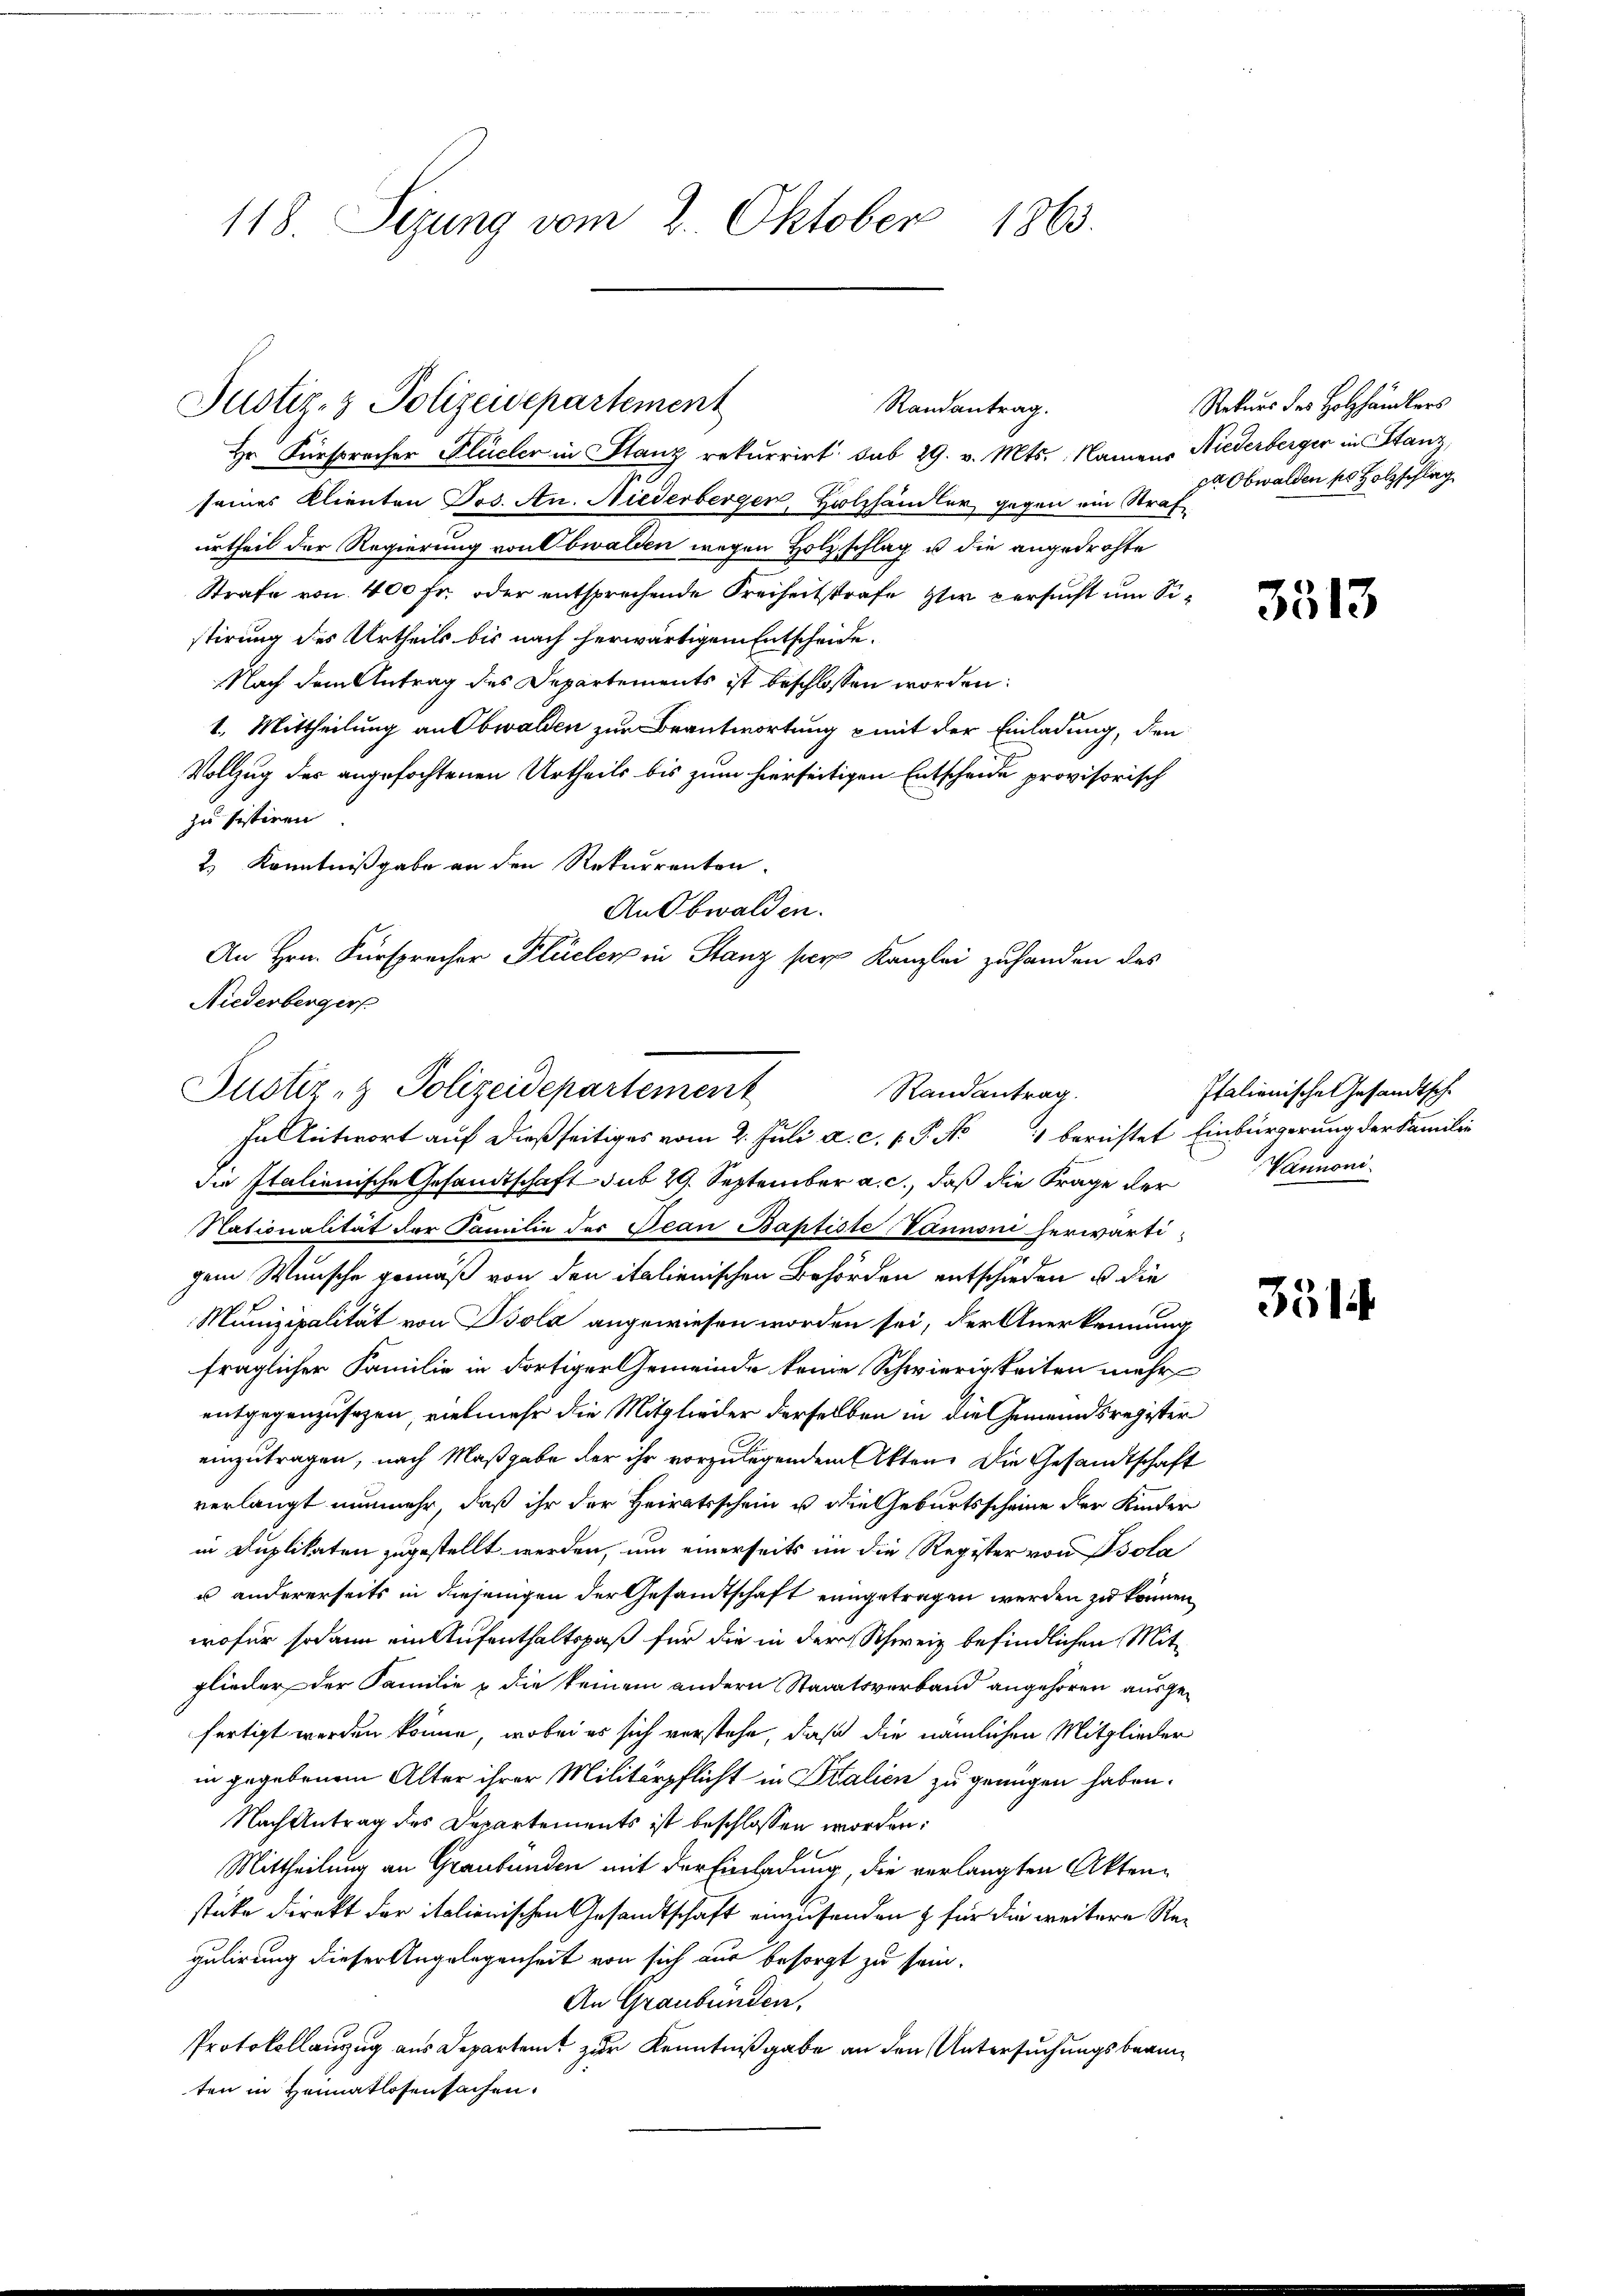
118. Sezung vom 2. Oktober 1863.

Justiz- & Polizeidepartement
Randantrag.

Hr. Fürsprecher Flücher in Stanz rekurrirt sub 29. v. Mts., Namens Niederberger in Stanz,
seines Klienten Jos. An. Niederberger, Holzhändler, gegen ein Straf
urtheil der Regierung von Obwalden wegen Holzschlag u die angedrohte
Strafe von 400 fr. oder entsprechende Freiheitsstrafe ster versucht um Sistirung des Urtheils bis nach herwärtigem Entscheide.
Nach dem Antrag des Departements ist beschlossen worden:
1. Mittheilung an Obwalden zur Beantwortung mit der Einladung, den
Vollzug der angefochtenen Urtheils bis zum hierseitigen Entscheide provisorisch
zu sistiren.
2) Kenntnißgabe an den Rekurrenten.
An Obwalden.
die Italienische Gesandtschaft sub 29. September a. c., daß die Frage der
Nationalität der Familie der Jean Baptiste Vaunoni herwärtigem Wunsche gemäß von den italienischen Behörden entschieden u die
Munizipalität von Isola angewiesen worden sei, der Anerkennung
fraglicher Familie in dortiger Gemeinde keine Schwierigkeiten mehr
entgegenzusehen, vielmehr die Mitglieder derselben in die Gemeindsregister
einzutragen, nach Maßgabe der ihr vorzulegenden Akten. Die Gesandtschaft
verlangt nunmehr, daß ihr der Heiratsschein u die Geburtsscheine der Kinder
in Duplikaten zugestellt werden, um einerseits in die Register von Isola
u andererseits in diejenigen der Gesandtschaft eingetragen werden zu können,
wofür sodann ein Aufenthaltspaß für die in der Schweiz befindlichen Mitglieder der Familie & die keinem andern Staatsverband angehören, ausgefertigt werden könne, wobei es sich verstehe, daß die nämlichen Mitglieder
in gegebenem Alter ihrer Militärpflicht in Stalien zu genügen haben.
Nach Antrag des Departements ist beschlossen worden:
Mittheilung an Graubünden mit der Einladung, die verlangten Aktenstüke direkt der italienischen Gesandtschaft einzusenden & für die weitere Regulirung dieser Angelegenheit von sich nur besorgt zu sein.
An Graubünden,
Protokollanzug aus Departent zur Kenntnißgabe an den Untersuchungsbeamten in Heimatlosensachen.

An Hrn. Fürsprecher Flüeler in Stanz per Kanzlei zuhanden das
Niederberger
Justiz- & Polizeidepartement
Randantrag
In Antwort auf dießseitiges vom 2. Juli a. c. v. P. No 4 berichtet Einbürgerung der Familie

Rekurs des Holzhändlers
pa Obwalden des Holzschlag

3513

Italienische Gesandtsche
Vannoni

3514